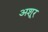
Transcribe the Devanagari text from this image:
अशूर